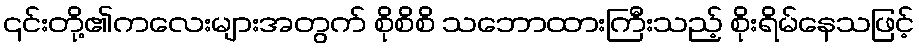
၎င်းတို့၏ကလေးများအတွက် စိုစိစိ သဘောထားကြီးသည့် စိုးရိမ်နေသဖြင့်